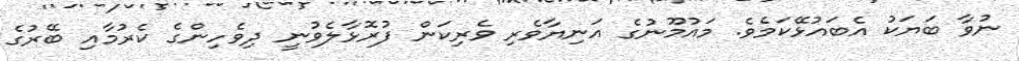
ނުވާ ބަޔަކު އެބައުޅޭކަމެވެ. މައުމޫނުގެ އަނިޔާވެރި ވެރިކަން ފުރޮޅާލެވުނީ ދިވެހިންގެ ކެރުމާއި ބޭރުގެ